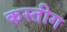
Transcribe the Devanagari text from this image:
कस्तीग